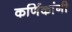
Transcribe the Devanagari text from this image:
कर्णिकांनी